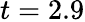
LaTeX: t=2.9